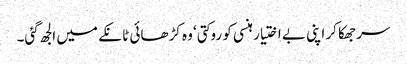
سر جھکا کر اپنی بے اختیار ہنسی کو روکتی‘ وہ کڑھائی ٹانکے میں الجھ گئی۔